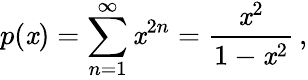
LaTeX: p(\mathit{x})=\sum_{n=1}^{\infty}\mathit{x}^{2n}={\frac{{\mathit{x}^{2}}}{{1-\mathit{x}^{2}}}}\, ,